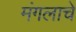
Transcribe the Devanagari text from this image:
मंगलाचे